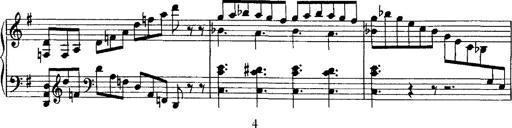
Title: Rondo di bravura
Composer: Franz Liszt